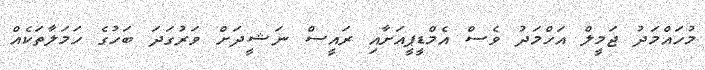
މުހައްމަދު ޖަމީލް އަހްމަދު ވެސް އެމްޑީޕީއަށާއި ރައީސް ނަޝީދަށް ވަރުގަދަ ބަހުގެ ހަމަލާތަކެއް